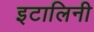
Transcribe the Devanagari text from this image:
इटालिनी